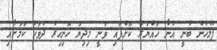
ފުލުހުން ބުނީ އެނާ ހައްޔަރު ކޮށްފައި ވަނީ މިދިޔަ ހޮނިހިރު ދުވަހު ކަމަށާއި